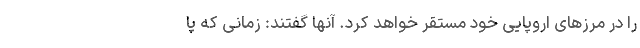
را در مرزهای اروپایی خود مستقر خواهد کرد. آنها گفتند: زمانی که پا